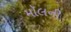
મૉલની